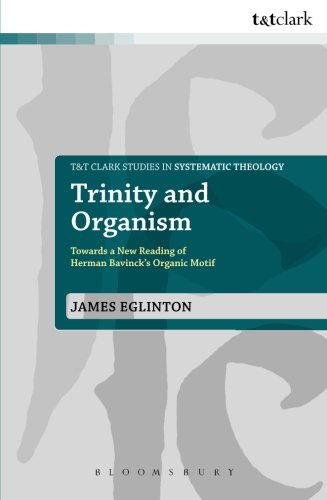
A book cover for Trinity and Organism: Towards a New Reading of Herman Bavinck's Organic Motif (T&T Clark Studies in Systematic Theology); James Eglinton; Christian Books & Bibles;